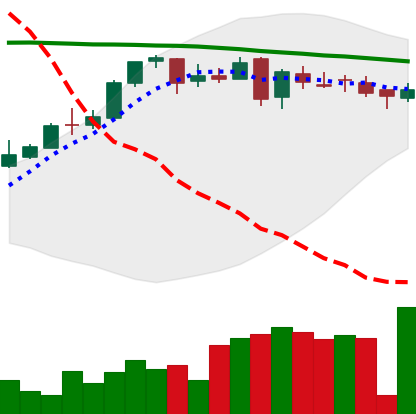
Ticker: DOGE-USD
Chart end date: 2018-05-02
Forward return: -8.648%
Label: down_7plus